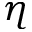
\eta